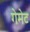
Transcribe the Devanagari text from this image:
गेमेट